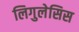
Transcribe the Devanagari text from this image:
लिगुलेसिस